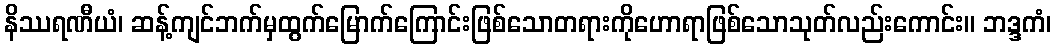
နိဿရဏီယံ၊ ဆန့်ကျင်ဘက်မှထွက်မြောက်ကြောင်းဖြစ်သောတရားကိုဟောရာဖြစ်သောသုတ်လည်းကောင်း။ ဘဒ္ဒကံ၊